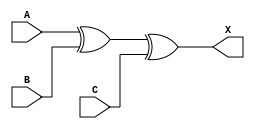
module sky130_fd_sc_hd__xor3 (
    X,
    A,
    B,
    C
);

    // Module ports
    output X;
    input  A;
    input  B;
    input  C;

    // Module supplies
    supply1 VPWR;
    supply0 VGND;
    supply1 VPB ;
    supply0 VNB ;

    // Local signals
    wire xor0_out_X;

    //  Name  Output      Other arguments
    xor xor0 (xor0_out_X, A, B, C        );
    buf buf0 (X         , xor0_out_X     );

endmodule